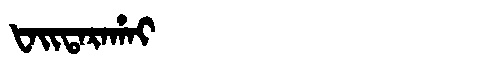
Manchu: ᡶᠠᡳᡨᠠᡵᠠᡥᠠᡳ
Romanization: FAITARAHAI